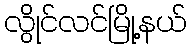
လွိုင်လင်မြို့နယ်